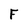
Character: F